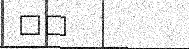
٢٥